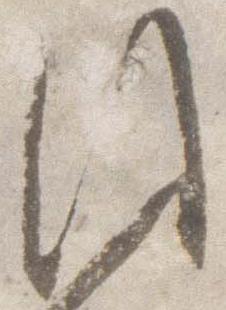
同